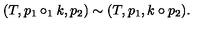
( T , p _ { 1 } \circ _ { 1 } k , p _ { 2 } ) \sim ( T , p _ { 1 } , k \circ p _ { 2 } ) .